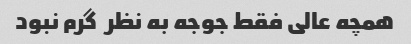
همچه عالی فقط جوجه به نظر  گرم نبود